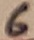
Text: 6